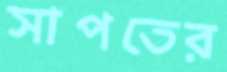
সাপতের